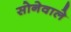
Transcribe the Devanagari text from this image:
सोनेवाले